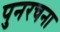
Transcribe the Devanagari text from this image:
पुनरचना